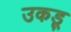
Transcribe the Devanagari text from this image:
उकडू